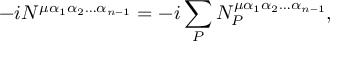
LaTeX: - i N ^ { \mu \alpha _ { 1 } \alpha _ { 2 } \ldots \alpha _ { n - 1 } } = - i \sum _ { P } N _ { P } ^ { \mu \alpha _ { 1 } \alpha _ { 2 } \ldots \alpha _ { n - 1 } } ,